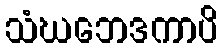
သံဃဘေဒကာပိ